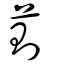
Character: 萴